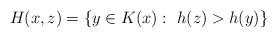
LaTeX: \begin{align*}H(x,z)=\{y\in K(x):~h(z)>h(y)\}\end{align*}